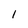
Character: l